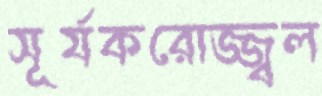
সূর্যকরোজ্জ্বল